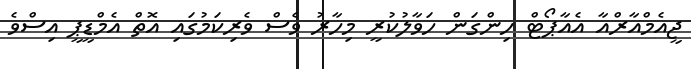
ޖީއެމްއާރްއާ އެއާޕޯޓް ހިންގަން ހަވާލުކުރީ މިހާރު ވެސް ވެރިކަމުގައި އޮތް އެމްޑީޕީ އިސްވެ